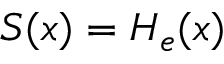
S ( x ) = H _ { e } ( x )